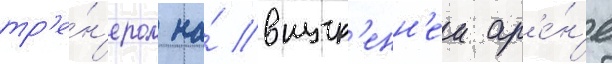
тр'е́н'ером на́ внутр'енн'еи ар'е́н'е